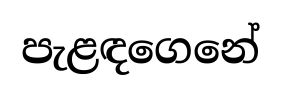
පැළඳගෙනේ